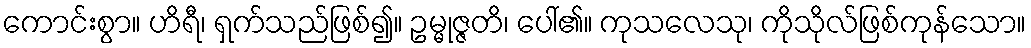
ကောင်းစွာ။ ဟိရီ၊ ရှက်သည်ဖြစ်၍။ ဥမ္မုဇ္ဇတိ၊ ပေါ်၏။ ကုသလေသု၊ ကိုသိုလ်ဖြစ်ကုန်သော။